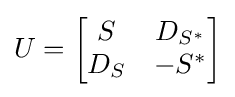
U={\begin{bmatrix}S&D_{S^{*}}\\D_{S}&-S^{*}\end{bmatrix}}